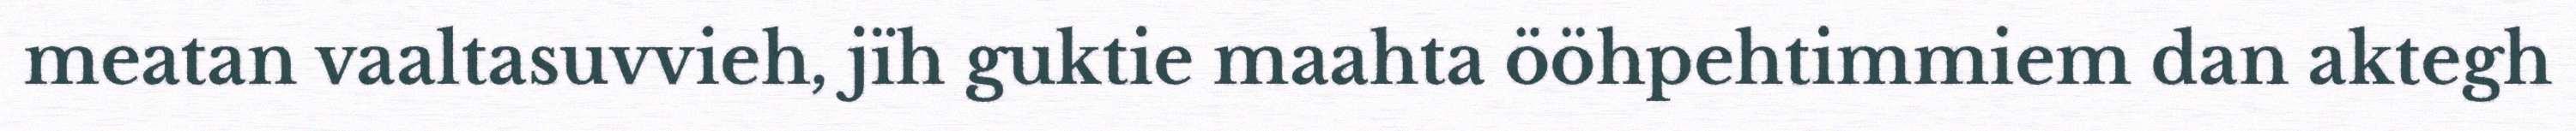
meatan vaaltasuvvieh, jïh guktie maahta ööhpehtimmiem dan aktegh